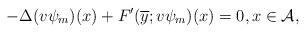
\begin{align*}-\Delta(v\psi_{m})(x) + F'(\overline{y};v\psi_{m})(x)=0, x\in \mathcal{A}, \end{align*}